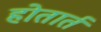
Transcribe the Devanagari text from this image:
होतार्त